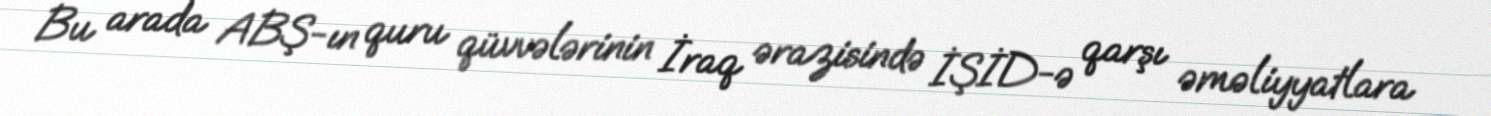
Bu arada ABŞ-ın quru qüvvələrinin İraq ərazisində İŞİD-ə qarşı əməliyyatlara